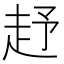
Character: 𧺥